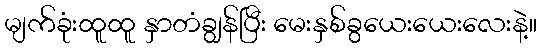
မျက်ခုံးထူထူ နှာတံချွန်ပြီး မေးနှစ်ခွယေးယေးလေးနဲ့။